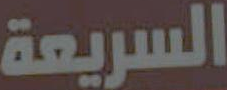
السريعة